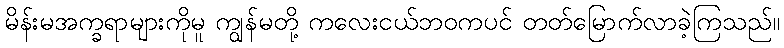
မိန်းမအက္ခရာများကိုမူ ကျွန်မတို့ ကလေးငယ်ဘဝကပင် တတ်မြောက်လာခဲ့ကြသည်။